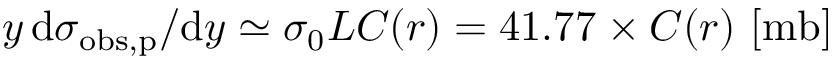
y \, \mathrm { d } \sigma _ { \mathrm { o b s , p } } / \mathrm { d } y \simeq \sigma _ { 0 } L C ( r ) = 4 1 . 7 7 \times C ( r ) ~ [ \mathrm { m b ] }